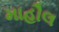
માહૌલ